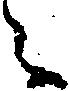
ニ